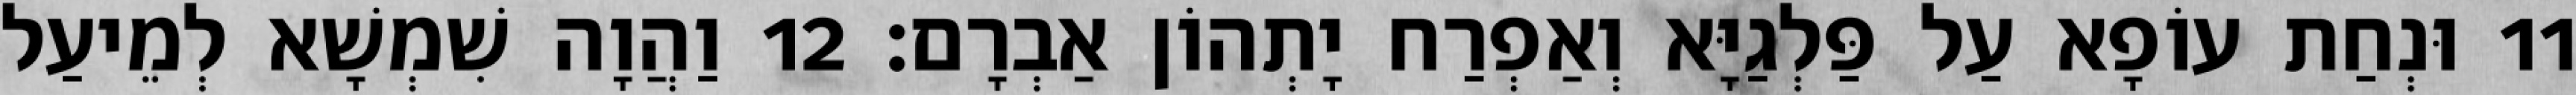
11 וּנְחַת עוֹפָא עַל פַּלְגַיָּא וְאַפְרַח יָתְהוֹן אַבְרָם׃ 12 וַהֲוָה שִׁמְשָׁא לְמֵיעַל